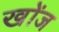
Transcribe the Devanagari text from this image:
खोंज